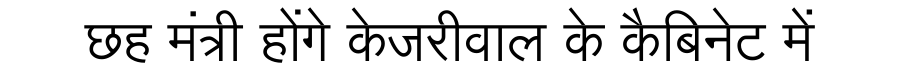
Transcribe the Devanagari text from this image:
छह मंत्री होंगे केजरीवाल के कैबिनेट में